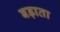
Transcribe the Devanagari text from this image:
बड़ाता